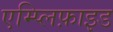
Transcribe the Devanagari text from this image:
एम्प्लिफ़ाइड